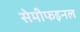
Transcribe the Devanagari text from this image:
सेमीफइनल